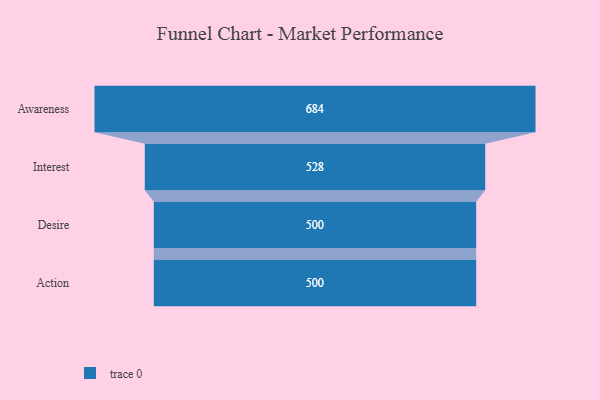
{"axis": {"x": "Stage", "y": "Value"}, "legend": [""], "data": [{"x": "Awareness", "y": 684.0, "type": ""}, {"x": "Interest", "y": 528.0, "type": ""}, {"x": "Desire", "y": 500, "type": ""}, {"x": "Action", "y": 500, "type": ""}]}